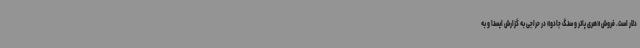
دلار است. فروش «هری ‌پاتر و سنگ جادو» در حراجی به گزارش ایسنا و به